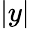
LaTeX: |y|